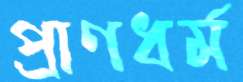
প্রাণধর্ম